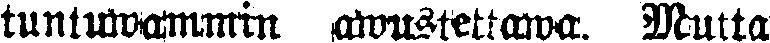
tuntuwammin awustettawa. Mutta